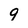
Character: 9